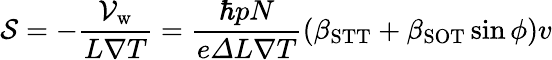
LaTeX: \mathcal{S}=-\frac{\mathcal{V}_{\mathrm{w}}}{L\nabla T}=\frac{\hbar pN}{e\varDelta L\nabla T}(\beta_{\mathrm{STT}}+\beta_{\mathrm{SOT}}\sin\phi)v